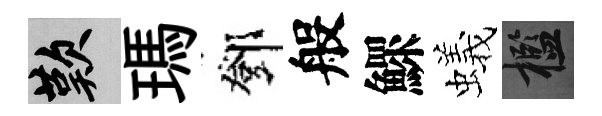
嘆瑪鄧般鰥蟻檻